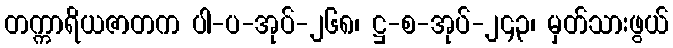
တက္ကာရိယဇာတက ပါ-ပ-အုပ်-၂၆၈၊ ဋ္ဌ-စ-အုပ်-၂၄၃၊ မှတ်သားဖွယ်